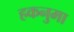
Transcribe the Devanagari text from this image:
हकनुमा